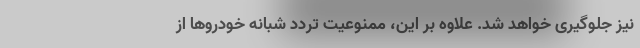
نیز جلوگیری خواهد شد. علاوه بر این، ممنوعیت تردد شبانه خودروها از